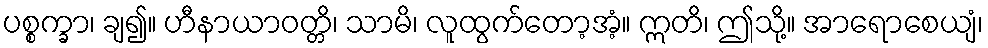
ပစ္စက္ခာ၊ ချ၍။ ဟီနာယာဝတ္တိ၊ သာမိ၊ လူထွက်တော့အံ့။ ဣတိ၊ ဤသို့။ အာရောစေယျံ၊